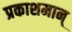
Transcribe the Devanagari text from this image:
प्रकाशमान्